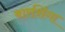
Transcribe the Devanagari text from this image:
बारशिंगा